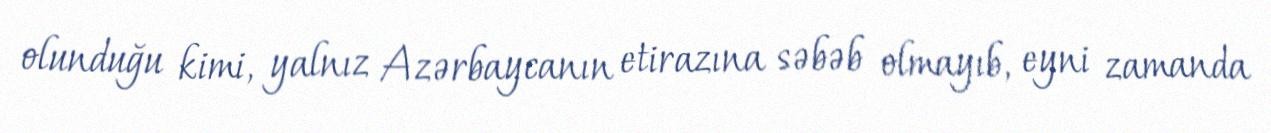
olunduğu kimi, yalnız Azərbaycanın etirazına səbəb olmayıb, eyni zamanda